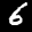
Label: 6